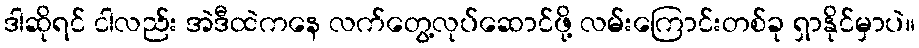
ဒါဆိုရင် ငါလည်း အဲဒီထဲကနေ လက်တွေ့လုပ်ဆောင်ဖို့ လမ်းကြောင်းတစ်ခု ရှာနိုင်မှာပဲ။